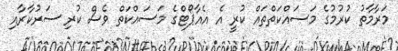
މަރާމާތު ކުރުމުގެ މަސައްކަތްތައް ކުރީ އެ އެއާޕޯޓްގެ މަސައްކަތް ވެސް ކުރި ސަރުކާރާއި